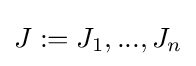
J:=J_{1},...,J_{n}